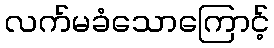
လက်မခံသောကြောင့်